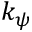
k _ { \psi }